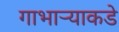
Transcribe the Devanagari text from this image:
गाभार्‍याकडे